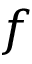
f